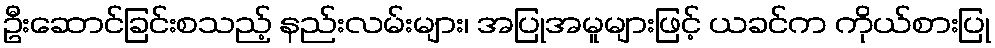
ဦးဆောင်ခြင်းစသည့် နည်းလမ်းများ၊ အပြုအမူများဖြင့် ယခင်က ကိုယ်စားပြု